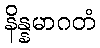
နိန္နမာဂတံ